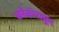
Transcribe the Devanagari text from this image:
कोंबांपासून